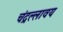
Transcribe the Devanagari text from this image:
चंद्रल्लावय